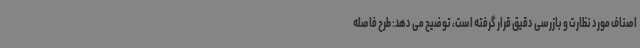
اصناف مورد نظارت و بازرسی دقیق قرار گرفته است، توضیح می دهد: طرح فاصله